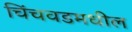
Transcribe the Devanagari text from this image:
चिंचवडमधील